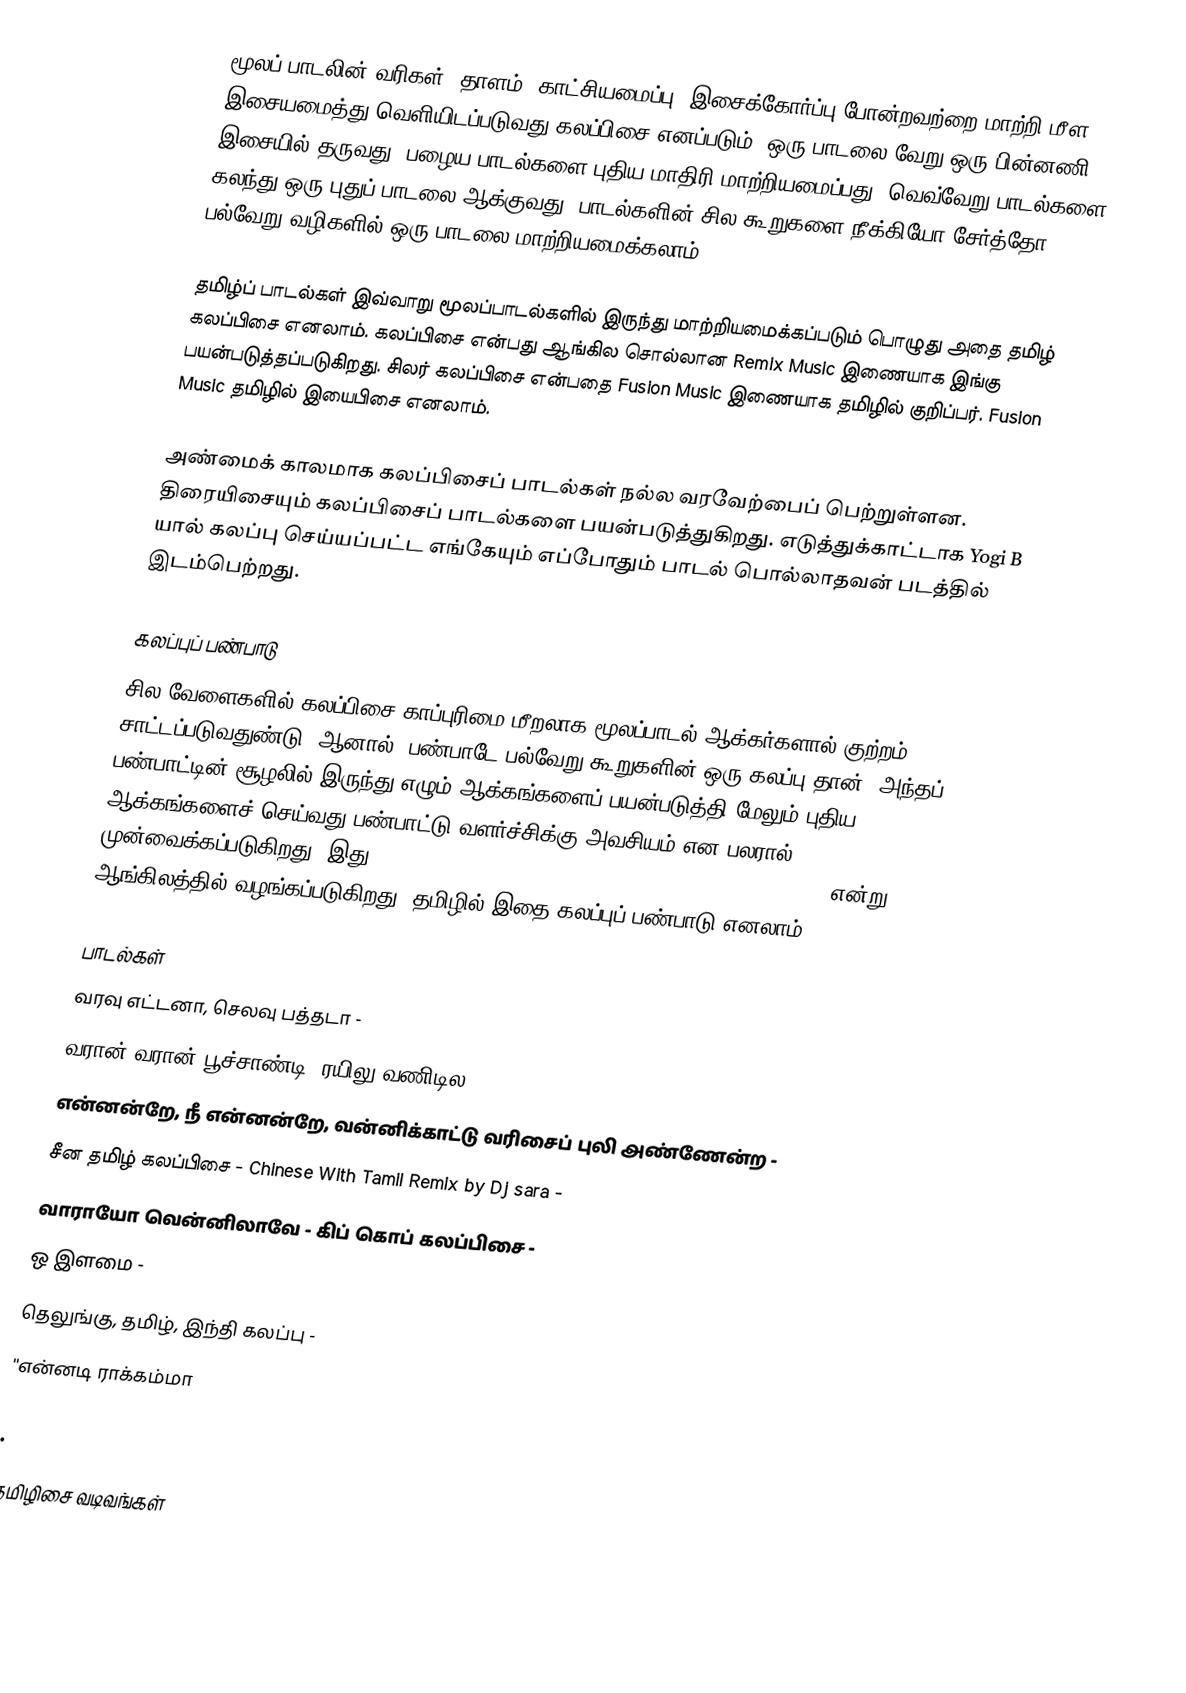
மூலப் பாடலின் வரிகள், தாளம், காட்சியமைப்பு, இசைக்கோர்ப்பு போன்றவற்றை மாற்றி மீள இசையமைத்து வெளியிடப்படுவது கலப்பிசை எனப்படும். ஒரு பாடலை வேறு ஒரு பின்னணி இசையில் தருவது, பழைய பாடல்களை புதிய மாதிரி மாற்றியமைப்பது, வெவ்வேறு பாடல்களை கலந்து ஒரு புதுப் பாடலை ஆக்குவது, பாடல்களின் சில கூறுகளை நீக்கியோ சேர்த்தோ பல்வேறு வழிகளில் ஒரு பாடலை மாற்றியமைக்கலாம்.

தமிழ்ப் பாடல்கள் இவ்வாறு மூலப்பாடல்களில் இருந்து மாற்றியமைக்கப்படும் பொழுது அதை தமிழ் கலப்பிசை எனலாம்.  கலப்பிசை என்பது ஆங்கில சொல்லான Remix Music இணையாக இங்கு பயன்படுத்தப்படுகிறது. சிலர் கலப்பிசை என்பதை Fusion Music இணையாக தமிழில் குறிப்பர். Fusion Music தமிழில் இயைபிசை எனலாம்.

அண்மைக் காலமாக கலப்பிசைப் பாடல்கள் நல்ல வரவேற்பைப் பெற்றுள்ளன. திரையிசையும் கலப்பிசைப் பாடல்களை பயன்படுத்துகிறது. எடுத்துக்காட்டாக Yogi B யால் கலப்பு செய்யப்பட்ட எங்கேயும் எப்போதும்  பாடல் பொல்லாதவன் படத்தில் இடம்பெற்றது.

கலப்புப் பண்பாடு
சில வேளைகளில் கலப்பிசை காப்புரிமை மீறலாக மூலப்பாடல் ஆக்கர்களால் குற்றம் சாட்டப்படுவதுண்டு. ஆனால், பண்பாடே பல்வேறு கூறுகளின் ஒரு கலப்பு தான்; அந்தப் பண்பாட்டின் சூழலில் இருந்து எழும் ஆக்கங்களைப் பயன்படுத்தி மேலும் புதிய ஆக்கங்களைச் செய்வது பண்பாட்டு வளர்ச்சிக்கு அவசியம் என பலரால் முன்வைக்கப்படுகிறது. இது :en:Remix Culture, :en:Permission culture, Free Culture என்று ஆங்கிலத்தில் வழங்கப்படுகிறது. தமிழில் இதை கலப்புப் பண்பாடு எனலாம்.

பாடல்கள்
 வரவு எட்டனா, செலவு பத்தடா -
 வரான் வரான் பூச்சாண்டி, ரயிலு வணிடில -
 என்னன்றே, நீ என்னன்றே, வன்னிக்காட்டு வரிசைப் புலி அண்ணேன்ற -
 சீன தமிழ் கலப்பிசை - Chinese With Tamil Remix by Dj sara -
 வாராயோ வென்னிலாவே - கிப் கொப் கலப்பிசை -
 ஒ இளமை -
 தெலுங்கு, தமிழ், இந்தி கலப்பு -
 ''என்னடி ராக்கம்மா

.

தமிழிசை வடிவங்கள்